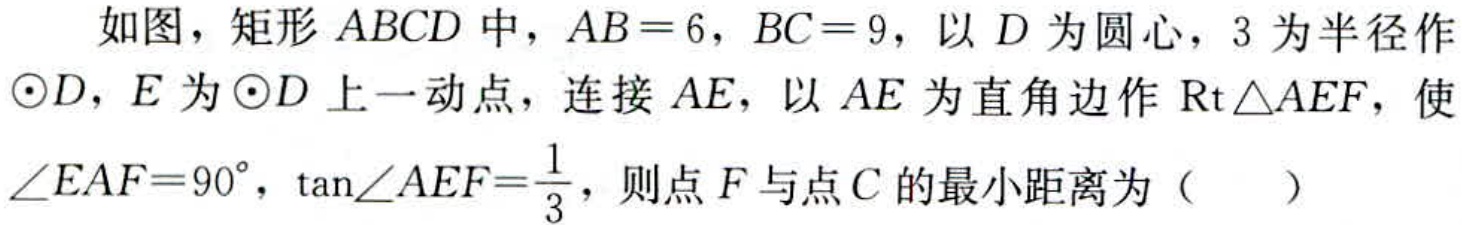
如图，矩形 \(ABCD\) 中，\(AB = 6\)，\(BC = 9\)，以 \(D\) 为圆心，\(3\) 为半径作\(\odot D\)，\(E\) 为\(\odot D\) 上一动点，连接 \(AE\)，以 \(AE\) 为直角边作 \(\text{Rt}\triangle AEF\)，使\(\angle EAF = 90^{\circ}\)，\(\tan\angle AEF=\frac{1}{3}\)，则点 \(F\) 与点 \(C\) 的最小距离为（  ）